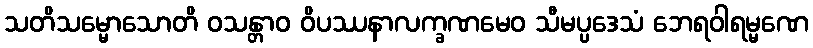
သတိသမ္မောသောတိ ဝသန္တာဝ ဝိပဿနာလက္ခဏမေဝ သီမပ္ပဒေသံ ဘေရဝါရမ္မဏေ